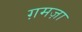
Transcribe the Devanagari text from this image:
ग़मज़ा